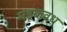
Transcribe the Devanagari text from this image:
मंडूकवध